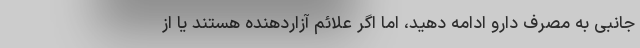
جانبی به مصرف دارو ادامه دهید، اما اگر علائم آزاردهنده هستند یا از